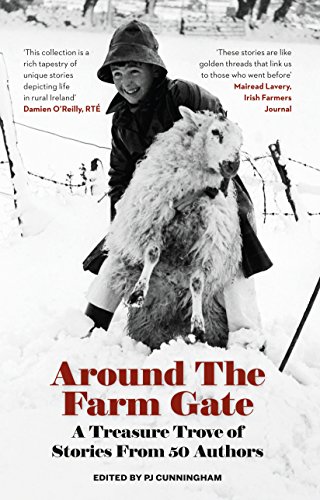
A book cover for Around the Farm Gate: A Treasure Trove of Irish Stories; Biographies & Memoirs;